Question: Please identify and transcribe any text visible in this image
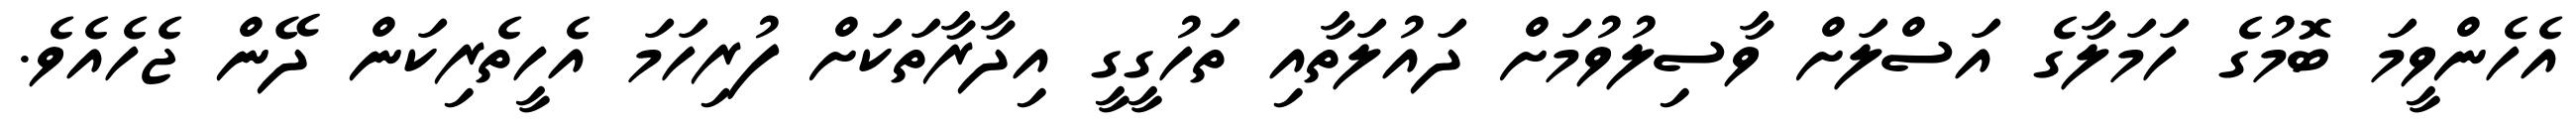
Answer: އެހެންވީމަ ބޮމުގެ ހަމަލާގެ އަސްލަށް ވާސިލުވުމަށް ދައުލަތާއި ތަހުގީގީ އިދާރާތަކަށް ފުރިހަމަ އެހީތެރިކަން ދޭން ޖެހެއެވެ.